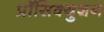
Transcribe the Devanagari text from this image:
प्रॉसिक्युशन